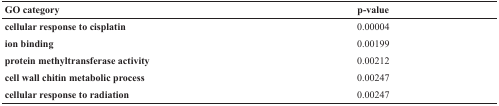
| GO category | p-value |
 | --- | --- |
 | cellular response to cisplatin | 0.00004 |
 | ion binding | 0.00199 |
 | protein methyltransferase activity | 0.00212 |
 | cell wall chitin metabolic process | 0.00247 |
 | cellular response to radiation | 0.00247 |